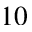
1 0